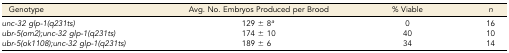
<table><thead><tr><td><b>Genotype</b></td><td><b>Avg. No. Embryos Produced per Brood</b></td><td><b>% Viable</b></td><td><b><i>n</i></b></td></tr></thead><tbody><tr><td><i>unc-32 glp-1(q231ts)</i></td><td>129 ± 8<i><sup>a</sup></i></td><td>0</td><td>16</td></tr><tr><td><i>ubr-5(om2);unc-32 glp-1(q231ts)</i></td><td>174 ± 10</td><td>40</td><td>10</td></tr><tr><td><i>ubr-5(ok1108);unc-32 glp-1(q231ts)</i></td><td>189 ± 6</td><td>34</td><td>14</td></tr></tbody></table>